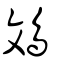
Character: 鳼